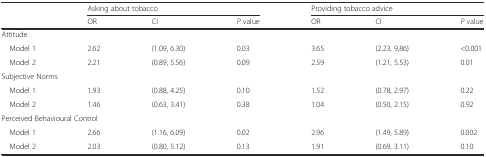
|  | <COLSPAN=3> Asking about tobacco | <COLSPAN=3> Providing tobacco advice |
 |  | OR | CI | P value | OR | CI | P value |
 | --- | --- | --- | --- | --- | --- | --- |
 | <COLSPAN=7> Attitude |
 | Model 1 | 2.62 | (1.09, 6.30) | 0.03 | 3.65 | (2.23, 9,86) | <0.001 |
 | Model 2 | 2.21 | (0.89, 5.56) | 0.09 | 2.59 | (1.21, 5.53) | 0.01 |
 | <COLSPAN=7> Subjective Norms |
 | Model 1 | 1.93 | (0.88, 4.25) | 0.10 | 1.52 | (0.78, 2.97) | 0.22 |
 | Model 2 | 1.46 | (0.63, 3.41) | 0.38 | 1.04 | (0.50, 2.15) | 0.92 |
 | <COLSPAN=7> Perceived Behavioural Control |
 | Model 1 | 2.66 | (1.16, 6.09) | 0.02 | 2.96 | (1.49, 5.89) | 0.002 |
 | Model 2 | 2.03 | (0.80, 5.12) | 0.13 | 1.91 | (0.69, 3.11) | 0.10 |